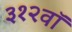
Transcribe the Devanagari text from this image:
३१२वॉ